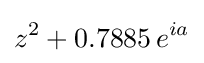
z^{2}+0.7885\,e^{ia}